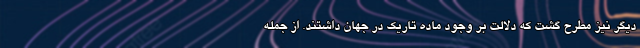
دیگر نیز مطرح گشت که دلالت بر وجود ماده تاریک در جهان داشتند. از جمله